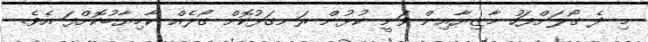
މި ދެ ގޯލަށްފަހު މާޒިޔާއިން ވަނީ ކުޅުން ރަނގަޅުކޮށް ގޯލެއް ކާމިޔާބުކޮށްފަ އެވެ.